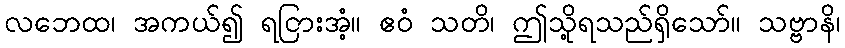
လဘေထ၊ အကယ်၍ ရငြားအံ့။ ဧဝံ သတိ၊ ဤသို့ရသည်ရှိသော်။ သဗ္ဗာနိ၊